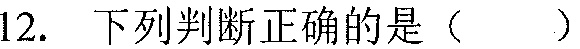
12. 下列判断正确的是（  ）